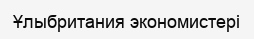
Ұлыбритания экономистері